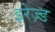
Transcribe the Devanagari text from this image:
इरेज़्ड